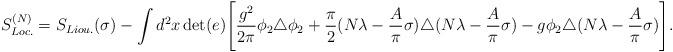
LaTeX: \begin{align*}S^{(N)}_{Loc.}=S_{Liou.}(\sigma)-\int d^2x\det(e)\Biggl[{g^2\over 2\pi}\phi_2\triangle\phi_2+{\pi\over 2}(N\lambda-{A\over \pi}\sigma)\triangle(N\lambda-{A\over \pi}\sigma)-g\phi_2\triangle(N\lambda-{A\over \pi}\sigma)\Biggr].\end{align*}